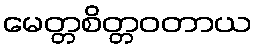
မေတ္တစိတ္တဝတာယ